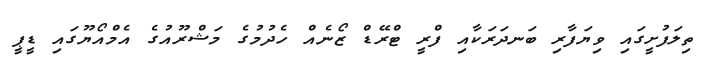
ތިލަފުށީގައި ވިޔަފާރި ބަނދަރަކާއި ފްރީ ޓްރޭޑް ޒޯނެއް ހެދުމުގެ މަޝްރޫއުގެ އެމްއޯޔޫގައި ޑީޕީ